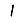
Digit: 1